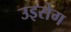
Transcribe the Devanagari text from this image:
उइसेग